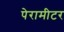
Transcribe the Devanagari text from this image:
पेरामीटर